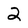
Character: 2